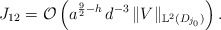
\begin{align*}J_{12} = \mathcal{O}\left(a^{\frac{9}{2}-h} \, d^{-3} \, \lVert V\rVert_{\mathbb{L}^2(D_{j_0})} \right).\end{align*}